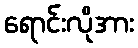
ရောင်းလိုအား